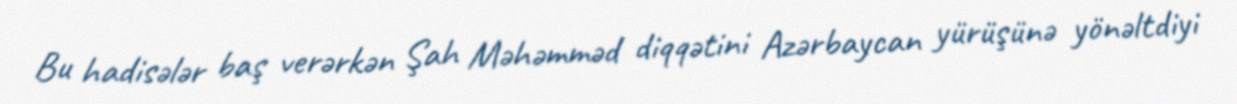
Bu hadisələr baş verərkən Şah Məhəmməd diqqətini Azərbaycan yürüşünə yönəltdiyi